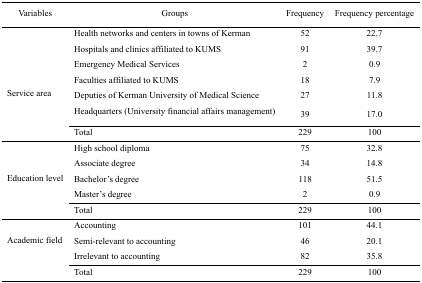
| Variables | Groups | Frequency | Frequency percentage |
 | --- | --- | --- | --- |
 |  | Health networks and centers in towns of Kerman | 52 | 22.7 |
 |  | Hospitals and clinics affiliated to KUMS | 91 | 39.7 |
 |  | Emergency Medical Services | 2 | 0.9 |
 |  | Faculties affiliated to KUMS | 18 | 7.9 |
 | Service area | Deputies of Kerman University of Medical Science | 27 | 11.8 |
 |  | Headquarters (University financial affairs management) | 39 | 17.0 |
 |  | Total | 229 | 100 |
 |  | High school diploma | 75 | 32.8 |
 |  | Associate degree | 34 | 14.8 |
 | Education level | Bachelor’s degree | 118 | 51.5 |
 |  | Master’s degree | 2 | 0.9 |
 |  | Total | 229 | 100 |
 |  | Accounting | 101 | 44.1 |
 | Academic field | Semi-relevant to accounting | 46 | 20.1 |
 |  | Irrelevant to accounting | 82 | 35.8 |
 |  | Total | 229 | 100 |